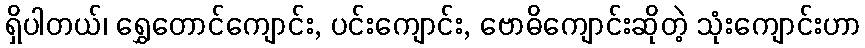
ရှိပါတယ်၊ ရွှေတောင်ကျောင်း, ပင်းကျောင်း, ဗောဓိကျောင်းဆိုတဲ့ သုံးကျောင်းဟာ